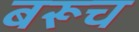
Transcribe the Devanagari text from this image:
बरूच